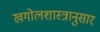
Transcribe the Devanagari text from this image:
खगोलशास्त्रानुसार